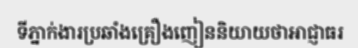
ទីភ្នាក់ងារប្រឆាំងគ្រឿងញៀននិយាយថាអាជ្ញាធរ